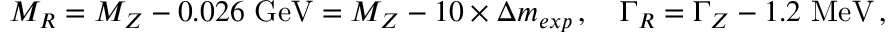
M _ { R } = M _ { Z } - 0 . 0 2 6 \ \mathrm { G e V } = M _ { Z } - 1 0 \times \Delta m _ { e x p } \, , \quad \Gamma _ { R } = \Gamma _ { Z } - 1 . 2 \ \mathrm { M e V } \, ,